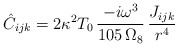
\begin{align*} \hat{C}_{ijk} = 2\kappa^2 T_0\, \frac{-i\omega^3}{105\, \Omega_8}\,\frac{J_{ijk}}{r^4}\end{align*}